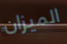
الميزان